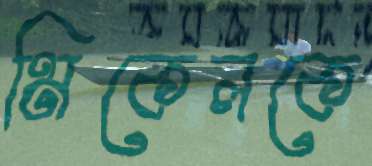
মিকেলকে